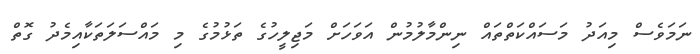
ނަމަވެސް މިއަދު މަސައްކަތްތައް ނިންމާލުމުން އަވަހަށް މަަޖިލީހުގެ ތަޅުމުގެ މި މައްސަލަތަކާއިމެދު ގޮތް